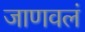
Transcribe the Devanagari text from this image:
जाणवलं